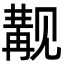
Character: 觏